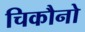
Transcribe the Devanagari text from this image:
चिकौनो